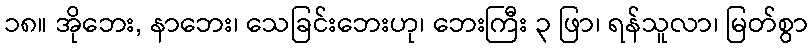
၁၈။ အိုဘေး, နာဘေး၊ သေခြင်းဘေးဟု၊ ဘေးကြီး ၃ ဖြာ၊ ရန်သူလာ၊ မြတ်စွာ